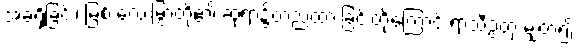
အခံရှိခြင်း၊ မြစ် လေးမြွာတို့၏ ဆုံရာ၌တည်ထားခြင်းတို့ကြောင့် ရာသီဥတု မျှတ၍